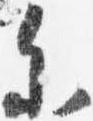
参